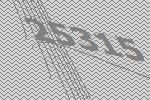
25315